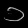
Digit: ၁